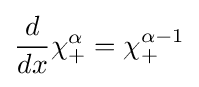
{\frac {d}{dx}}\chi _{+}^{\alpha }=\chi _{+}^{\alpha -1}